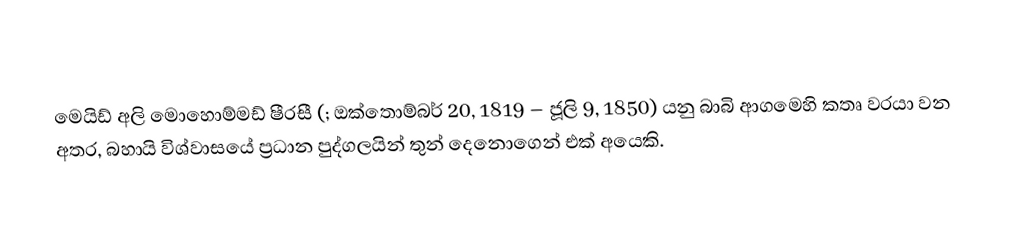
මෙයිඩ් අලි මොහොම්මඩ් ෂීරසී (; ඔක්තොම්බර් 20, 1819 – ජූලි 9, 1850) යනු බාබි ආගමෙහි කතෘ වරයා වන අතර, බහායි විශ්වාසයේ ප්‍රධාන පුද්ගලයින් තුන් දෙනොගෙන් එක් අයෙකි.